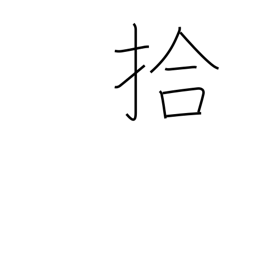
Meaning: ten